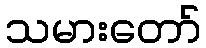
သမားတော်